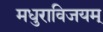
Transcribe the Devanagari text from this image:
मधुराविजयम्